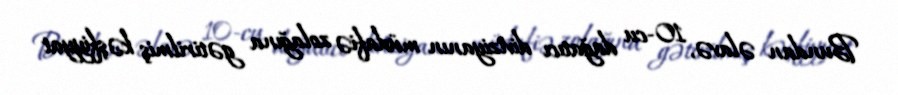
Bundan əlavə, 10-cu dağatıcı diviziyanın müdafiə zolağına gətirilmiş kəşfiyyat